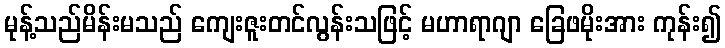
မုန့်သည်မိန်းမသည် ကျေးဇူးတင်လွန်းသဖြင့် မဟာရာဂျာ ခြေဖမိုးအား ကုန်း၍